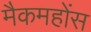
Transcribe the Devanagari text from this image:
मैकमहोंस